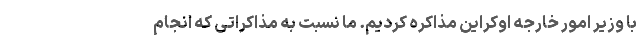
با وزیر امور خارجه اوکراین مذاکره کردیم. ما نسبت به مذاکراتی که انجام